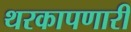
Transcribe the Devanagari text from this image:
थरकापणारी